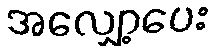
အလျှော့ပေး